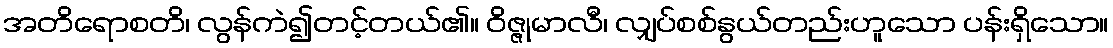
အတိရောစတိ၊ လွန်ကဲ၍တင့်တယ်၏။ ဝိဇ္ဇုမာလီ၊ လျှပ်စစ်နွယ်တည်းဟူသော ပန်းရှိသော။